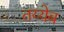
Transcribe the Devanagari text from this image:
तय्येब